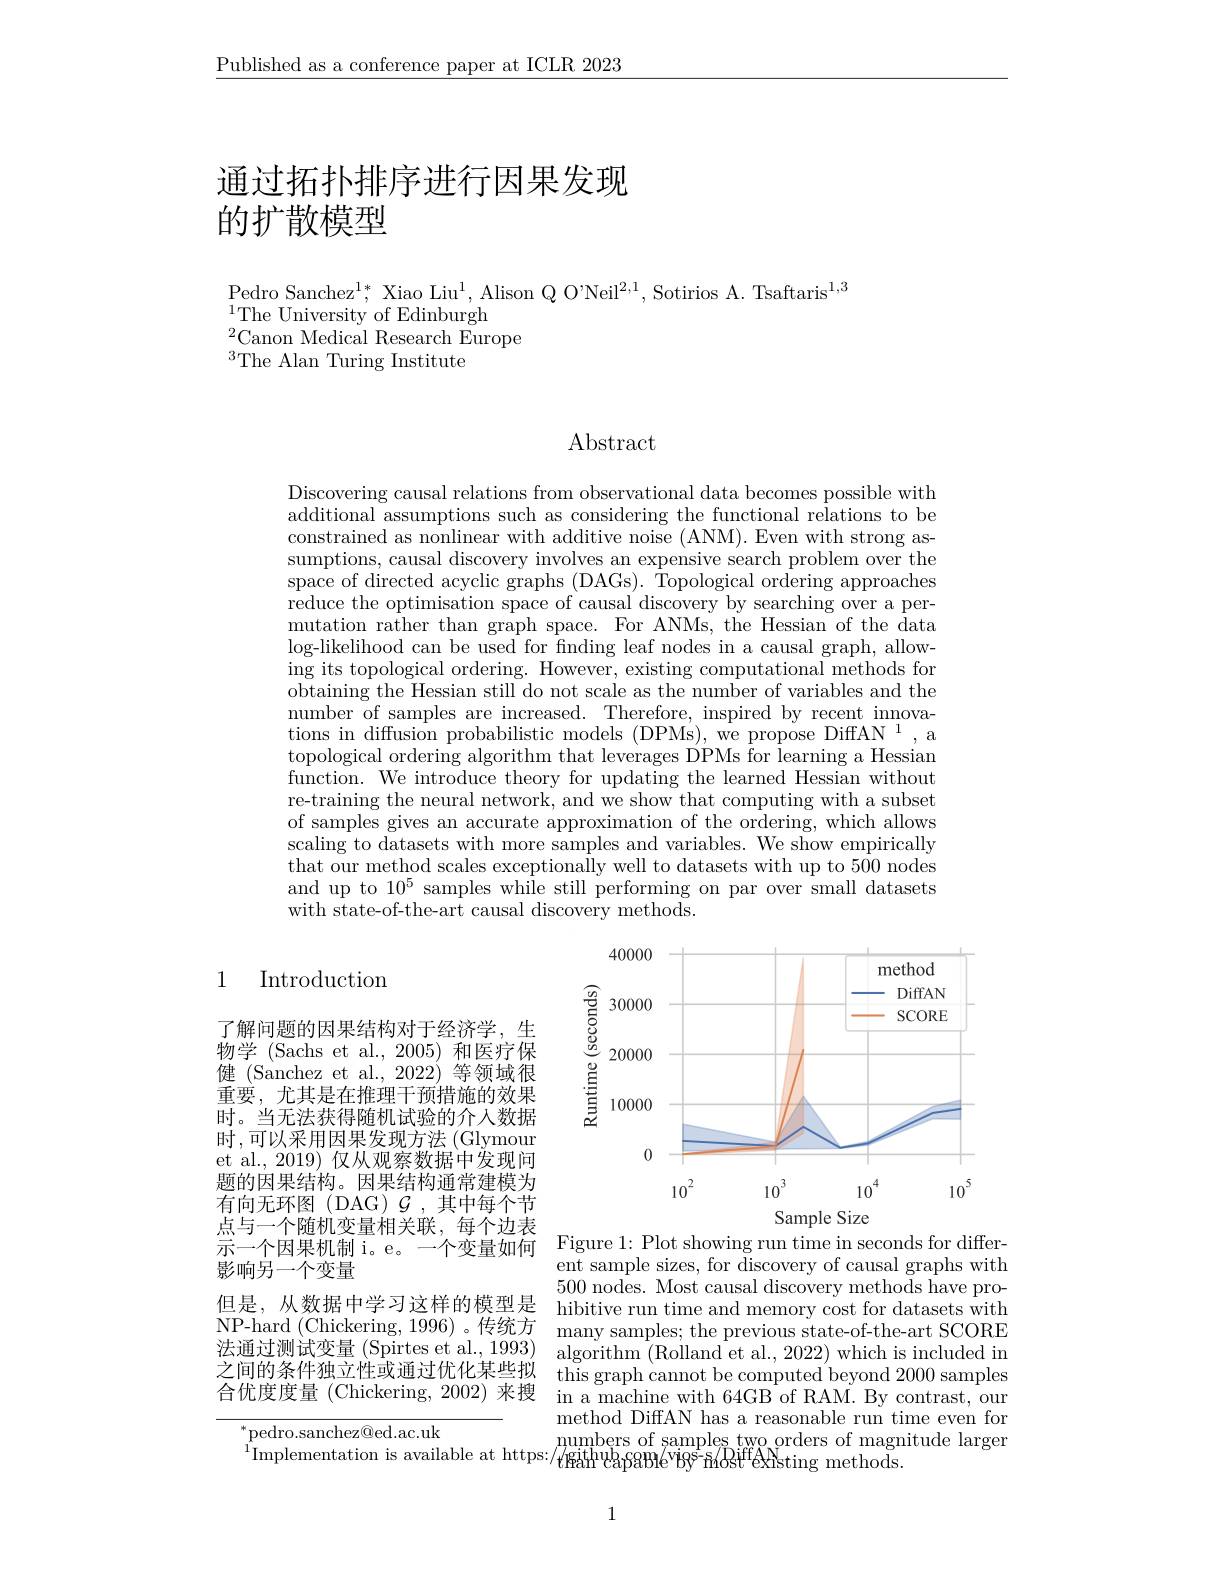
$\underline{\text{Published as a conference paper at ICLR 2023}}$

通过拓扑排序进行因果发现

# 的扩散模型

Pedro Sanchez$^1*$, Xiao Liu$^1$, Alison Q O'Neil$^2,1$, Sotirios A. Tsaftaris$^1,3$
$^{1}$The University of Edinburgh
$^{2}$Canon Medical Research Europe
$^3$The Alan Turing Institute

# Abstract

Discovering causal relations from observational data becomes possible with additional assumptions such as considering the functional relations to be constrained as nonlinear with additive noise (ANM). Even with strong assumptions, causal discovery involves an expensive search problem over the space of directed acyclic graphs (DAGs). Topological ordering approaches reduce the optimisation space of causal discovery by searching over a permutation rather than graph space. For ANMs, the Hessian of the data $\log$-likelihood can be used for finding leaf nodes in a causal graph, allowing its topological ordering. However, existing computational methods for obtaining the Hessian still do not scale as the number of variables and the number of samples are increased. Therefore, inspired by recent innovations in diffusion probabilistic models (DPMs), we propose DiffAN $^1$,a topological ordering algorithm that leverages DPMs for learning a Hessian function. We introduce theory for updating the learned Hessian without re-training the neural network, and we show that computing with a subset of samples gives an accurate approximation of the ordering, which allows scaling to datasets with more samples and variables. We show empirically that our method scales exceptionally well to datasets with up to 500 nodes and up to $10^5$ samples while still performing on par over small datasets with state-of-the-art causal discovery methods.

1

Introduction

<FigureHere>

了解问题的因果结构对于经济学，生物学 (Sachs et al.,2005)和医疗保健 (Sanchez et al.,2022)等领域很重要，尤其是在推理干预措施的效果时。当无法获得随机试验的介人数据时，可以采用因果发现方法(Glymour et al., 2019) 仅从观察数据中发现问题的因果结构。因果结构通常建模为有向无环图(DAG)$\mathcal{G}$,其中每个节点与一个随机变量相关联，每个边表示一个因果机制 i。e。一个变量如何影响另一个变量
但是，从数据中学习这样的模型是 hibitive run time and memory cost for datasets with NP- hard ( Chickering, 1996) 。传 统 方 many samples; the previous state- of- the- art SCORE 计 评 计 测 出 产 目 ( G) 法通过测试变量 (Spirtes et al., 1993)
之 间 的 条 件 独 立 性 或 通 过 优 化 某 些 拟 this graph cannot be computed beyond 2000 samples 合 併 审 审 是 ( Chickorino 200) w曲 . 合优度度量 (Chickering, 2002) 来搜 in a machine with 64GB of RAM. By contrast, our

Figure 1: Plot showing run time in seconds for differ-

ent sample sizes, for discovery of causal graphs with 500 nodes. Most causal discovery methods have proalgorithm (Rolland et al., 2022) which is included in method DiffAN has a reasonable run time even for
$\operatorname*{rpedro.sanchez@ed.ac.uk}_{\text{Implementation is available at https:/}t\text{githups:/}t\text{paithup,gaBle}^{\text{numbers of samples two orders of magnitude larger}}}$Implementation is available at https:/$\operatorname* { rumplementation is available at https: / } t$githups: / $t$gapaBl

${^{*}\mathrm{pedro.sanchez@ed.ac.uk}}$

1